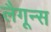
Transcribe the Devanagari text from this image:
लैगून्स